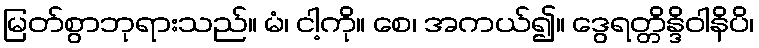
မြတ်စွာဘုရားသည်။ မံ၊ ငါ့ကို။ စေ၊ အကယ်၍။ ဒွေရတ္တိန္ဒိဝါနိပိ၊